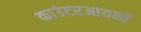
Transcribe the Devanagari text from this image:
काउंटरआयनों